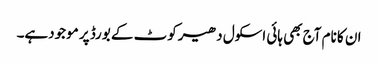
ان کا نام آج بھی ہائی اسکول دھیرکوٹ کے بورڈ پر موجودہے۔